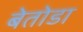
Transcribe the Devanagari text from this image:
बेतोडा